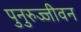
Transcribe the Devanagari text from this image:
पुनुरुज्जीवन